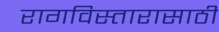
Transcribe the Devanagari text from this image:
रागविस्तारासाठी